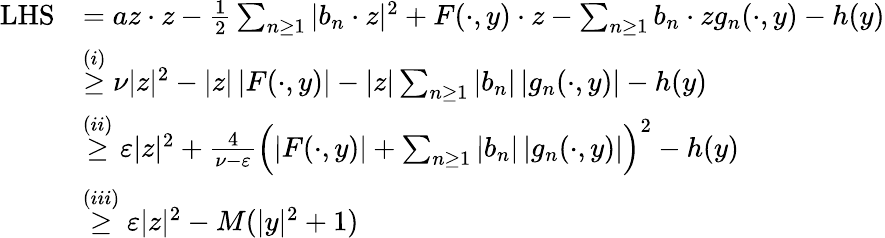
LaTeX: \begin{array}{rl}{\mathrm{LHS}}&{=az\cdot z-\frac 12\sum_{n\geq 1}|b_{n}\cdot z|^{2}+F(\cdot,y)\cdot z-\sum_{n\geq 1}b_{n}\cdot zg_{n}(\cdot,y)-h(y)}\\ &{\stackrel{(i)}{\geq}\nu|z|^{2}-|z|\, |F(\cdot,y)|-|z|\sum_{n\geq 1}|b_{n}|\, |g_{n}(\cdot,y)|-h(y)}\\ &{\stackrel{(ii)}{\geq}\varepsilon|z|^{2}+\frac{4}{\nu-\varepsilon}\Big(|F(\cdot,y)|+\sum_{n\geq 1}|b_{n}|\, |g_{n}(\cdot,y)|\Big)^{2}-h(y)}\\ &{\stackrel{(iii)}{\geq}\varepsilon|z|^{2}-M(|y|^{2}+1)}\end{array}